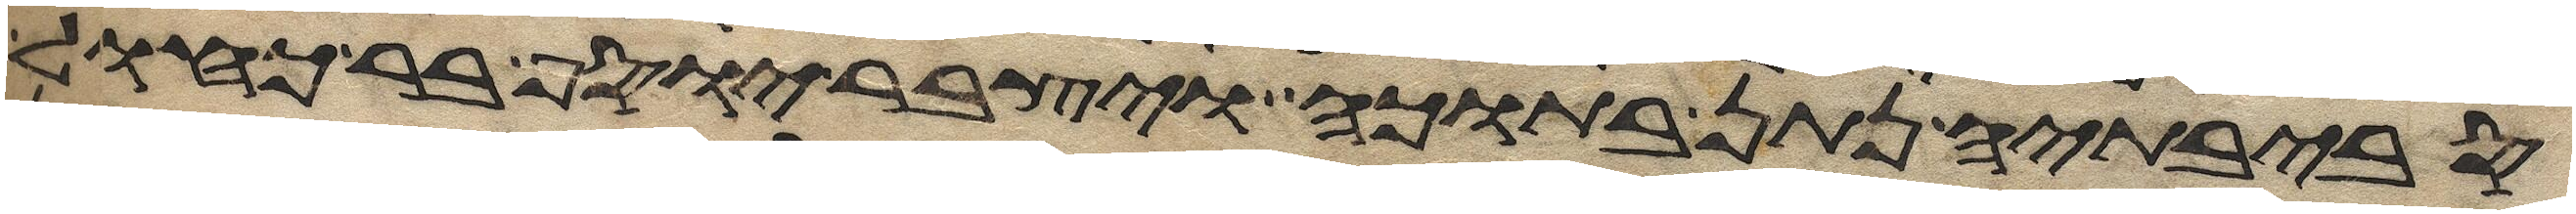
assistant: סביבתיה נתן בתוכה ויצבר יוסף בר כחול